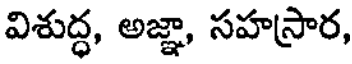
విశుద్ధ, అజ్ఞా, సహస్రార,